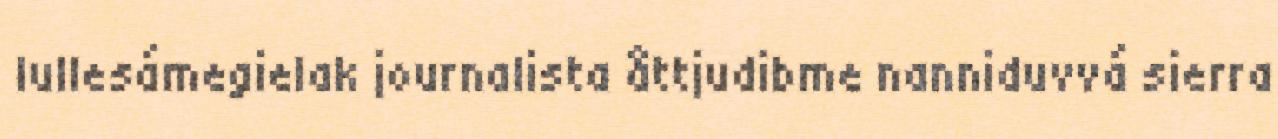
lullesámegielak journalista åttjudibme nanniduvvá sierra